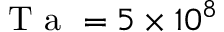
\mathrm { ~ T ~ a ~ } = 5 \times 1 0 ^ { 8 }